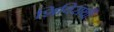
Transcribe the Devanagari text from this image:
शिविरार्थी